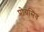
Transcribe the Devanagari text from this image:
प्रोग्रसिव